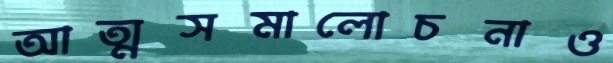
আত্মসমালোচনাও